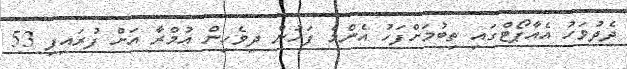
ދެދުވަހު އެއާޕޯޓްގައި ތިބުމަށްފަހު އެންމެ ފަހުން ދިވެހިން އުމްރާ އަށް ފުރައިފި 53